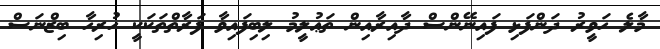
މާލެ ހަވީރު ދަންފަޅި ފައިނޭންސް ދާއިރާއިން ތަޢުލީމު ލިބިފައިވާ ފަރާތްތަކަކީ ހުރިހާ ބިޒްނަސް